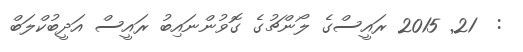
:  21